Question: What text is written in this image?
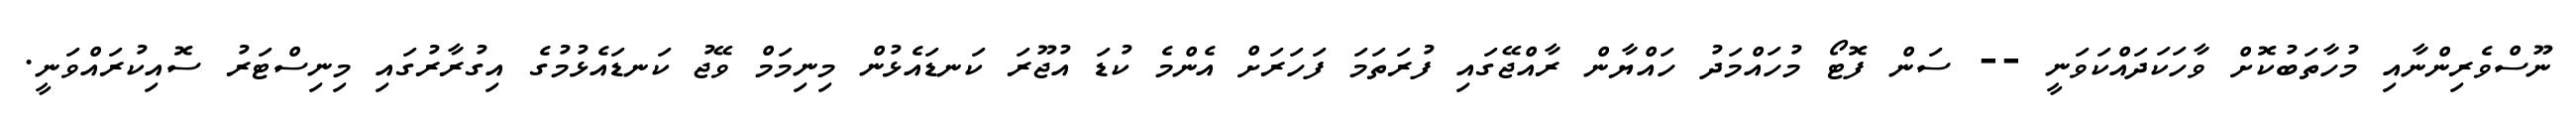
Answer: ނޫސްވެރިންނާއި މުހާތަބުކޮށް ވާހަކަދައްކަވަނީ -- ސަން ފޮޓޯ މުހައްމަދު ހައްޔާން ރާއްޖޭގައި ފުރަތަމަ ފަހަރަށް އެންމެ ކުޑަ އުޖޫރަ ކަނޑައެޅުން މިނިމަމް ވޭޖު ކަނޑައެޅުމުގެ އިގުރާރުގައި މިނިސްޓަރު ސޮއިކުރައްވަނީ.